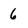
Character: 6